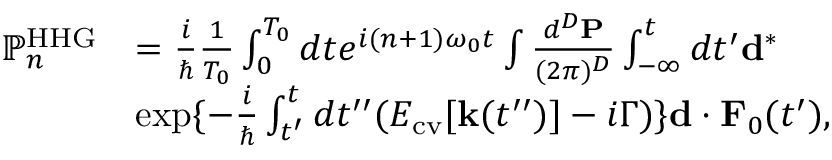
\begin{array} { r l } { \mathbb { P } _ { n } ^ { \mathrm { H H G } } } & { = \frac { i } { \hbar } \frac { 1 } { T _ { 0 } } \int _ { 0 } ^ { T _ { 0 } } d t e ^ { i ( n + 1 ) \omega _ { 0 } t } \int \frac { d ^ { D } { \bf P } } { ( 2 \pi ) ^ { D } } \int _ { - \infty } ^ { t } d t ^ { \prime } { \bf d } ^ { * } } \\ & { \exp \{ - \frac { i } { \hbar } \int _ { t ^ { \prime } } ^ { t } d t ^ { \prime \prime } ( E _ { \mathrm { c v } } [ { \bf k } ( t ^ { \prime \prime } ) ] - i \Gamma ) \} { \bf d } \cdot { \bf F } _ { 0 } ( t ^ { \prime } ) , } \end{array}